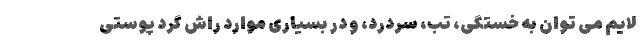
لایم می توان به خستگی، تب، سردرد، و در بسیاری موارد راش گرد پوستی